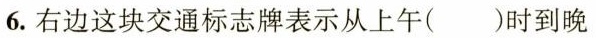
6.右边这块交通标志牌表示从上午( )时到晚